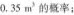
0.35m^{3}的概率；